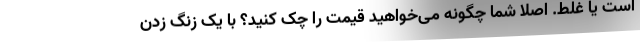
است یا غلط. اصلا شما چگونه می‌خواهید قیمت را چک کنید؟ با یک زنگ زدن